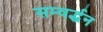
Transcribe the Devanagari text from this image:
सम्वर्द्धन